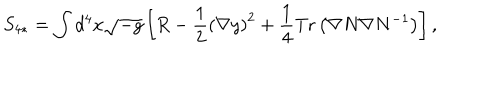
LaTeX: S _ { 4 * } = \int d ^ { 4 } x \sqrt { - g } \left[ R - \frac { 1 } { 2 } \left( \nabla y \right) ^ { 2 } + \frac { 1 } { 4 } \mathrm { T r } \left( \nabla N \nabla N ^ { - 1 } \right) \right] ,